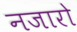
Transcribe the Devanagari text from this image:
नजारो